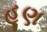
હૂણ